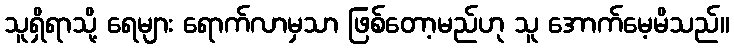
သူရှိရာသို့ ရေများ ရောက်လာမှသာ ဖြစ်တော့မည်ဟု သူ အောက်မေ့မိသည်။